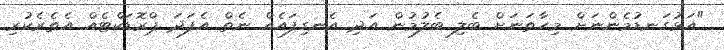
"އަޅުގަނޑުމެންނަށް މިހާތަނަށް ބެލި ބެލުމުން އަދި އެނގިފައެއް ނެތް އެފަދަ ޕްރޮޑަކްޓެއް އެތެރެކުރި